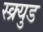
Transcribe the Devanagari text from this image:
स्क्र्युड